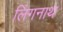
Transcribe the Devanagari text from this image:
लिंगनाथ